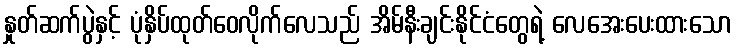
နှုတ်ဆက်ပွဲနှင့် ပုံနှိပ်ထုတ်ဝေလိုက်လေသည် အိမ်နီးချင်းနိုင်ငံတွေရဲ့ လေအေးပေးထားသော